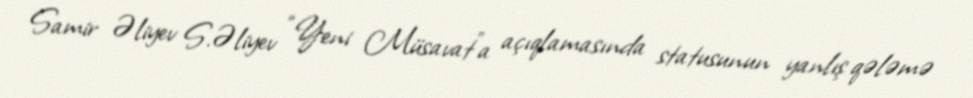
Samir Əliyev S.Əliyev “Yeni Müsavat”a açıqlamasında statusunun yanlış qələmə